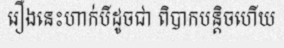
រឿងនេះហាក់បីដូចជា ពិបាកបន្តិចហើយ